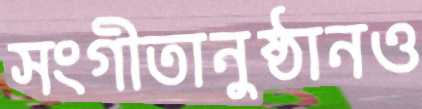
সংগীতানুষ্ঠানও